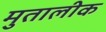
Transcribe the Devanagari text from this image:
मुतालीक